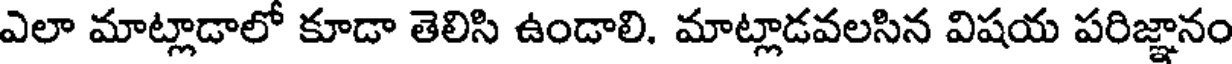
ఎలా మాట్లాడాలో కూడా తెలిసి ఉండాలి. మాట్లాడవలసిన విషయ పరిజ్ఞానం